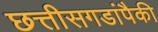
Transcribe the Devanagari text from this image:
छत्तीसगडांपैकी